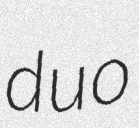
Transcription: duo